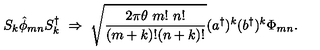
S _ { k } { \hat { \phi } } _ { m n } S _ { k } ^ { \dagger } \ \Rightarrow \ \sqrt { \frac { 2 \pi \theta \ m ! \ n ! } { ( m + k ) ! ( n + k ) ! } } ( { a ^ { \dagger } } ) ^ { k } ( { b ^ { \dagger } } ) ^ { k } \Phi _ { m n } .